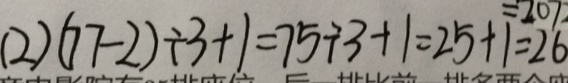
( 2 ) ( 7 7 - 2 ) \div 3 + 1 = 7 5 \div 3 + 1 = 2 5 + 1 = 2 6